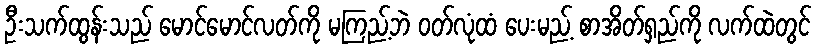
ဦးသက်ထွန်းသည် မောင်မောင်လတ်ကို မကြည့်ဘဲ ဝတ်လုံထံ ပေးမည့် စာအိတ်ရှည်ကို လက်ထဲတွင်